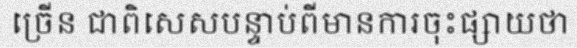
ច្រើន ជាពិសេសបន្ទាប់ពីមានការចុះផ្សាយថា